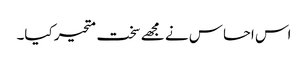
اس احساس نے مجھے سخت متحیر کیا۔